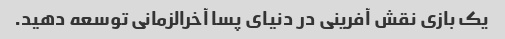
یک بازی نقش آفرینی در دنیای پسا آخرالزمانی توسعه دهید.